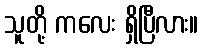
သူတို့ ကလေး ရှိပြီလား။